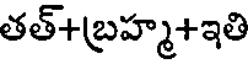
తత్+బ్రహ్మ+ఇతి